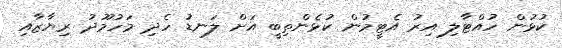
ކުޅުން ހުއްޓާލި އިރު އެޓީމުން ކުޅެންތިބީ އަށް ލަނޑު ހެދި މަހުމޫދު ރިޔާޒާއި